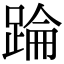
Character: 踚